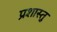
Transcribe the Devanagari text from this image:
प्रशास्तु